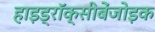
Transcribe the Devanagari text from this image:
हाइड्रॉक्सीबेंजोइक